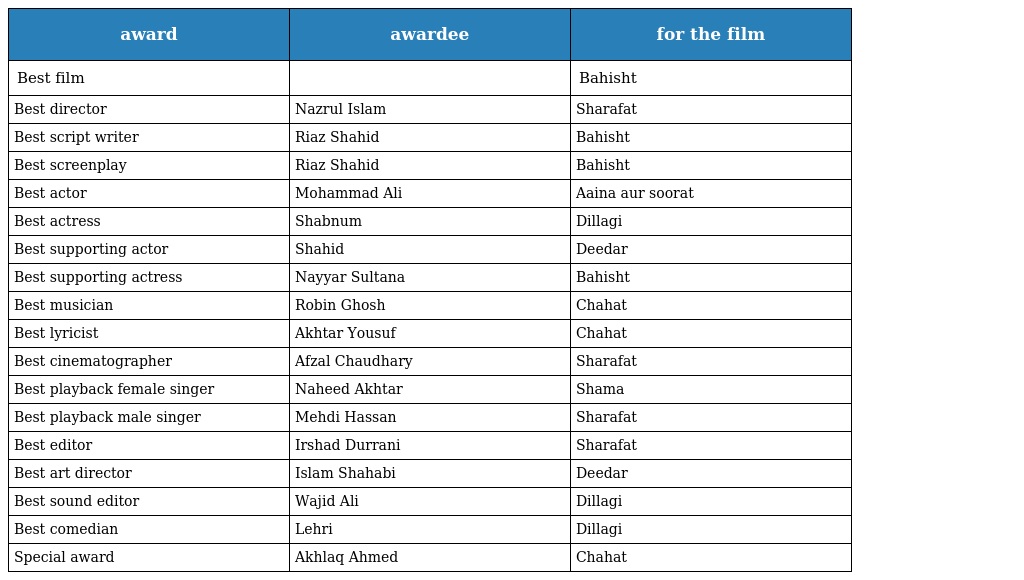
| award | awardee | for the film |
 | --- | --- | --- |
 | Best film |  | Bahisht |
 | Best director | Nazrul Islam | Sharafat |
 | Best script writer | Riaz Shahid | Bahisht |
 | Best screenplay | Riaz Shahid | Bahisht |
 | Best actor | Mohammad Ali | Aaina aur soorat |
 | Best actress | Shabnum | Dillagi |
 | Best supporting actor | Shahid | Deedar |
 | Best supporting actress | Nayyar Sultana | Bahisht |
 | Best musician | Robin Ghosh | Chahat |
 | Best lyricist | Akhtar Yousuf | Chahat |
 | Best cinematographer | Afzal Chaudhary | Sharafat |
 | Best playback female singer | Naheed Akhtar | Shama |
 | Best playback male singer | Mehdi Hassan | Sharafat |
 | Best editor | Irshad Durrani | Sharafat |
 | Best art director | Islam Shahabi | Deedar |
 | Best sound editor | Wajid Ali | Dillagi |
 | Best comedian | Lehri | Dillagi |
 | Special award | Akhlaq Ahmed | Chahat |